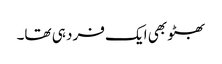
بھٹو بھی ایک فرد ہی تھا۔